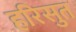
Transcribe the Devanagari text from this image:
हरिसुत